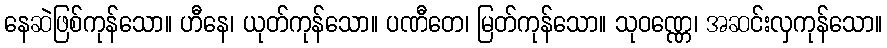
နေဆဲဖြစ်ကုန်သော။ ဟီနေ၊ ယုတ်ကုန်သော။ ပဏီတေ၊ မြတ်ကုန်သော။ သုဝဏ္ဏေ၊ အဆင်းလှကုန်သော။